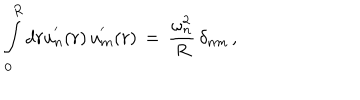
\int _ { 0 } ^ { R } d r u _ { n } ^ { ' } ( r ) \, u _ { m } ^ { ' } ( r ) \, = \, \frac { \omega _ { n } ^ { 2 } } { R } \, \delta _ { n m } \, { , }